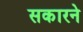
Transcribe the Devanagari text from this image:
सकारने